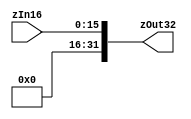
`timescale 1 ps / 100 fs
// Verilog project: 32-bit 5-stage Pipelined MIPS Processor in Verilog 
// Zero-Extension
module zero_extend(zOut32,zIn16);
output [31:0] zOut32;
input [15:0] zIn16;
assign zOut32 = {{16{1'b0}},zIn16};
endmodule